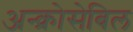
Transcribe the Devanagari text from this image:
अन्क्रोसेबिल